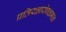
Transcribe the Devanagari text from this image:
प्रतिरक्षारोगक्षमता